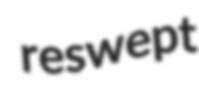
reswept